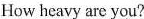
How heavy are you?